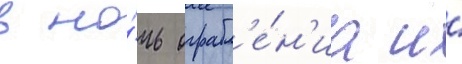
в но́чь ограбл'е́н'иа и́